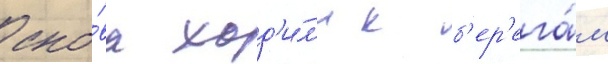
сно́ва ход'и́л'и к б'ер'ега́м